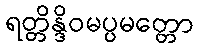
ရတ္တိန္ဒိဝမပ္ပမတ္တော